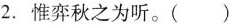
2.惟弈秋之为听。( )